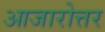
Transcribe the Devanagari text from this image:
आजारोत्तर